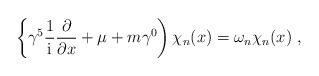
\begin{align*}\left\{ \gamma^5 \frac{1}{\rm i}\frac{\partial}{\partial x} + \mu+ m \gamma^0 \right) \chi_n(x)=\omega_n \chi_n(x) \ ,\end{align*}